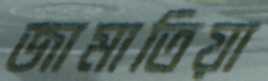
জামাতিয়া